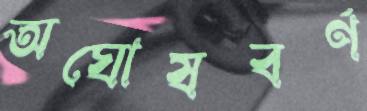
অঘোষবর্ণ